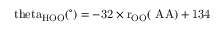
\mathrm { \ t h e t a _ { H O O } ( ^ { \circ } ) = - 3 2 \times r _ { O O } ( \ A A ) + 1 3 4 }